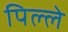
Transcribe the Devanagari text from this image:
पिल्‍ले